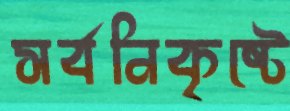
সর্বনিকৃষ্টে